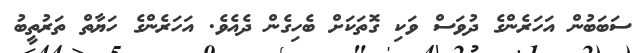
ސަބަބުން އަހަރެންގެ ދުވަސް ވަކި ގޮތަކަށް ބެހިގެން ދެއެވެ. އަހަރެންގެ ހަޔާތް ތަރުތީބު